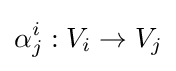
\alpha _{j}^{i}:V_{i}\to V_{j}